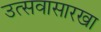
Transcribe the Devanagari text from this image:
उत्सवासारखा